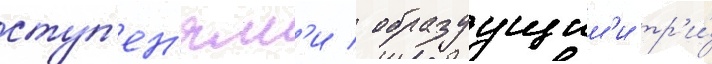
ступ'ен'ям'и / образуущим'и тр'и́